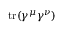
\operatorname { t r } ( \gamma ^ { \mu } \gamma ^ { \nu } )